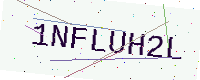
Text: 1NFLUH2L